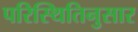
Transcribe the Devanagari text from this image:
परिस्थितिनुसार